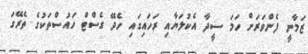
ޒަމާނީ ފެންވަރަށް ހަމަ ސީދާ އެކުލަޔާއި ރަހައިގައި ހެދޭ ގެސްޓް ހައުސްތަކުގެ ތެރޭގަ